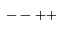
-- + +